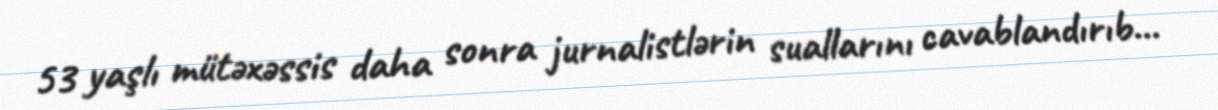
53 yaşlı mütəxəssis daha sonra jurnalistlərin suallarını cavablandırıb...